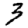
Digit: 3